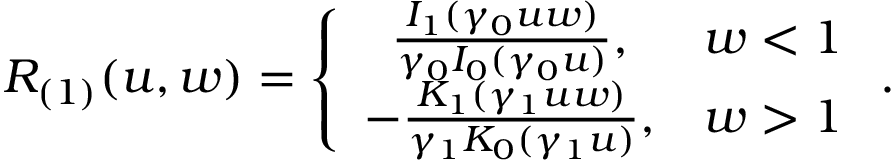
R _ { ( 1 ) } ( u , w ) = \left\{ \begin{array} { c c } { \frac { I _ { 1 } ( \gamma _ { 0 } u w ) } { \gamma _ { 0 } I _ { 0 } ( \gamma _ { 0 } u ) } , } & { w < 1 } \\ { - \frac { K _ { 1 } ( \gamma _ { 1 } u w ) } { \gamma _ { 1 } K _ { 0 } ( \gamma _ { 1 } u ) } , } & { w > 1 } \end{array} \right. .